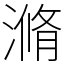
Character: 滫